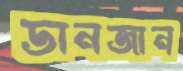
ডানজান